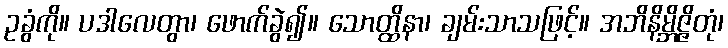
ဥခွံကို။ ပဒါလေတွာ၊ ဖောက်ခွဲ၍။ သောတ္ထိနာ၊ ချမ်းသာသဖြင့်။ အဘိနိမ္ဘိဇ္ဇိတုံ၊